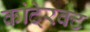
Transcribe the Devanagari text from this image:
कांटे्रक्ट